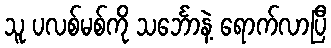
သူ ပလစ်မစ်ကို သင်္ဘောနဲ့ ရောက်လာပြီ